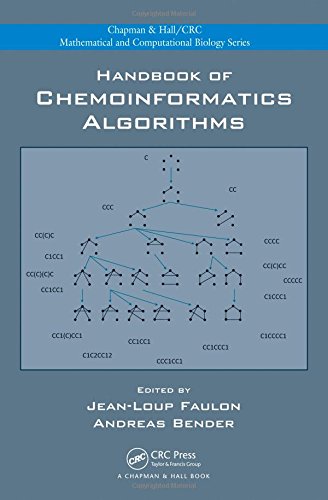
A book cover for Handbook of Chemoinformatics Algorithms (Chapman & Hall/CRC Mathematical and Computational Biology); Jean-Loup Faulon; Science & Math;